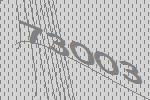
73003